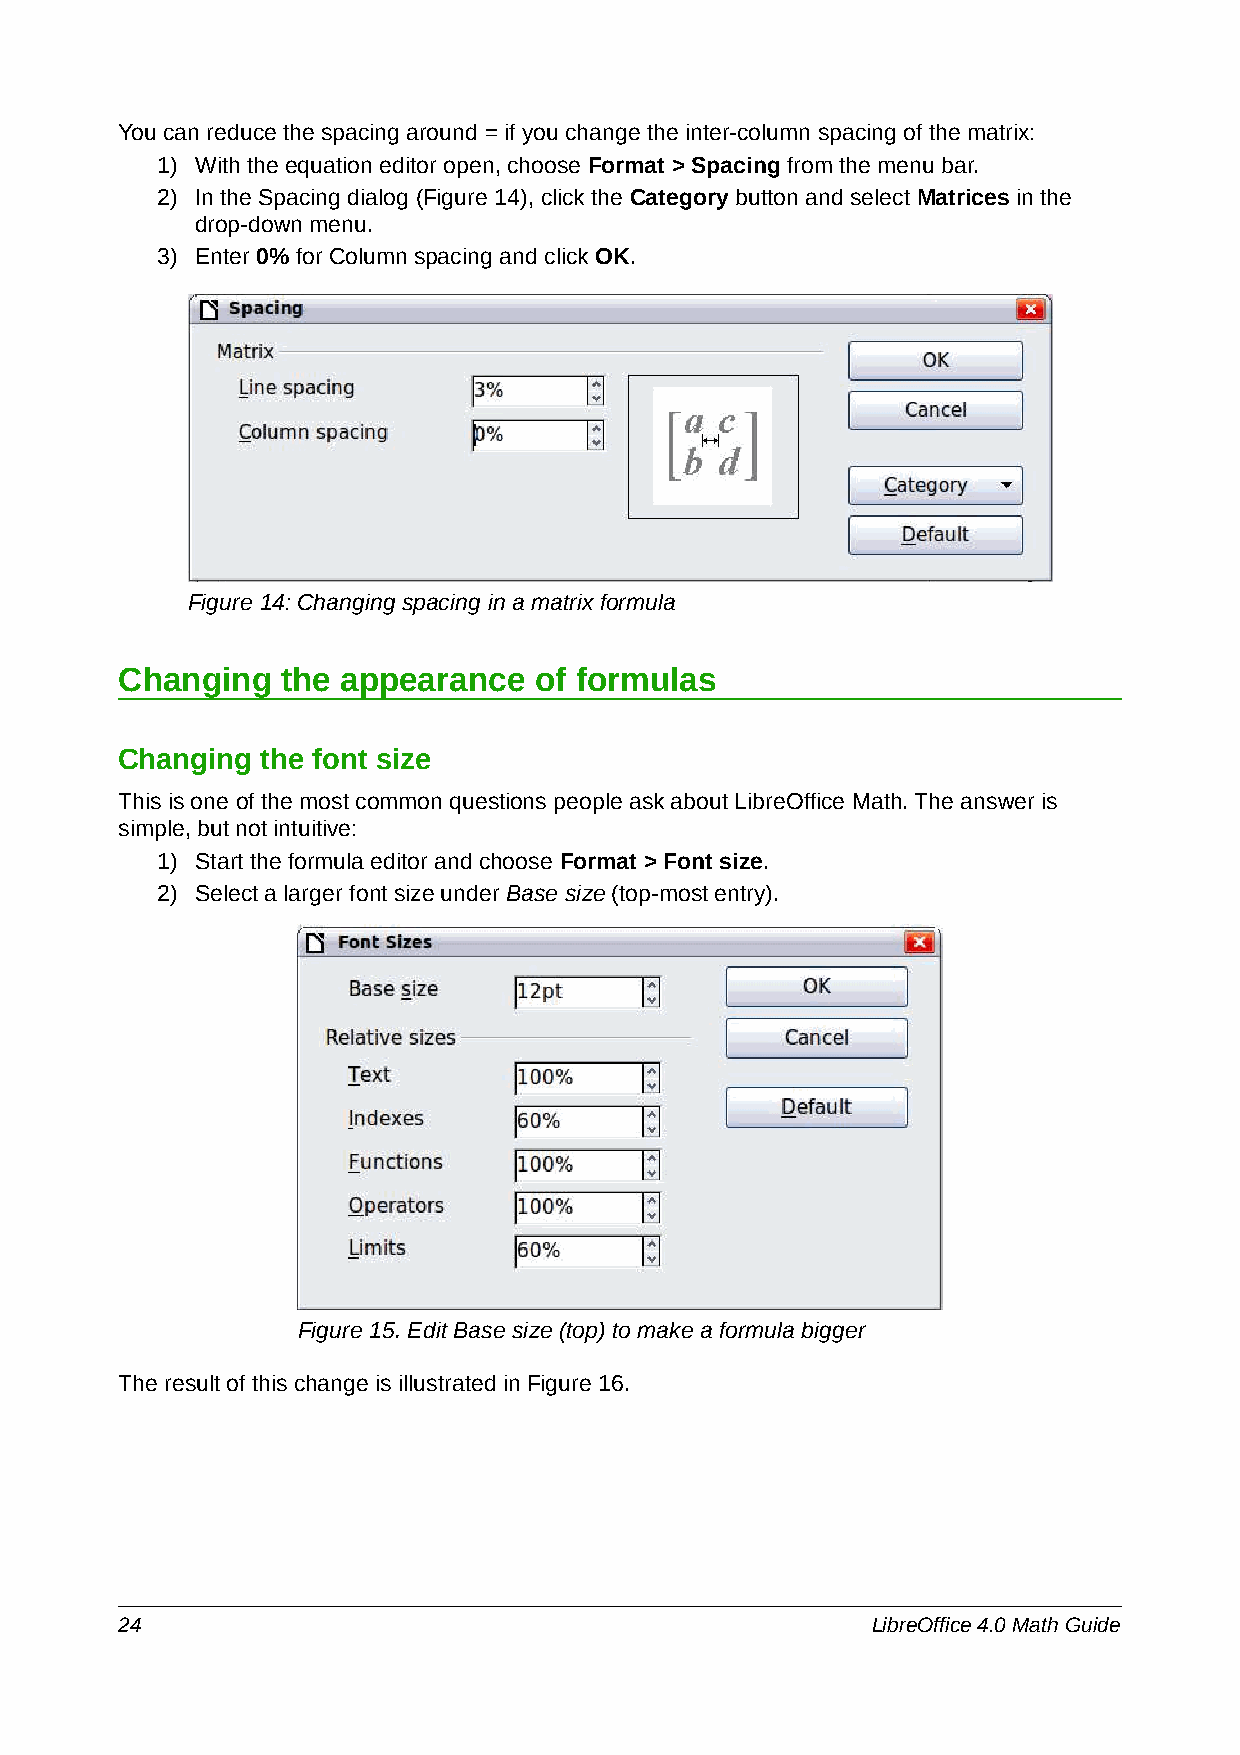
You can reduce the spacing around = if you change the inter-column spacing of the matrix:
 1) With the equation editor open, choose Format > Spacing from the menu bar.
 2) In the Spacing dialog (Figure 14), click the Category button and select Matrices in the
 drop-down menu.
 3) Enter 0% for Column spacing and click OK.
 Figure 14: Changing spacing in a matrix formula
 Changing   the appearance  of formulas
 Changing the font size
 This is one of the most common questions people ask about LibreOffice Math. The answer is
 simple, but not intuitive:
 1) Start the formula editor and choose Format > Font size.
 2) Select a larger font size under Base size (top-most entry).
 Figure 15. Edit Base size (top) to make a formula bigger
 The result of this change is illustrated in Figure 16.
 24                                                LibreOffice 4.0 Math Guide